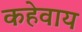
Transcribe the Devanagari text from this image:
कहेवाय